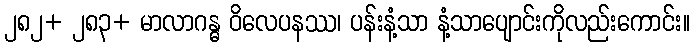
၂၈၂+ ၂၈၃+ မာလာဂန္ဓ ဝိလေပနဿ၊ ပန်းနံ့သာ နံ့သာပျောင်းကိုလည်းကောင်း။